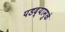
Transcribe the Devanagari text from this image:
पडद्यामुळे